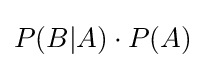
P(B|A)\cdot P(A)